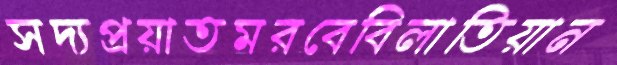
সদ্যপ্রয়াতমরবেবিলাতিয়ান